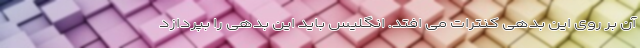
آن بر روی این بدهی کنترات می افتد. انگلیس باید این بدهی را بپردازد